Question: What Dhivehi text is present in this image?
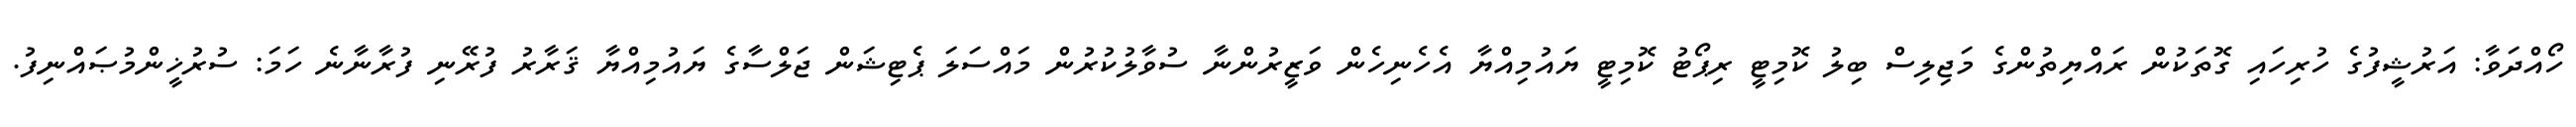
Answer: ހޯއްދަވާ: އަރުޝީފުގެ ހުރިހައި ގޮތަކުން ރައްޔިތުންގެ މަޖިލިސް ބިލު ކޮމިޓީ ރިޕޯޓު ކޮމިޓީ ޔައުމިއްޔާ އެހެނިހެން ވަޒީރުންނާ ސުވާލުކުރުން މައްސަލަ ޕެޓިޝަން ޖަލްސާގެ ޔައުމިއްޔާ ޤަރާރު ފުރޭނި ފުރާނާނެ ހަމަ: ސުރުޚީންމުޞައްނިފު.